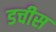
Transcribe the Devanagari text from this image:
डचीस